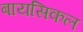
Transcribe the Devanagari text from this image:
बायसिकल